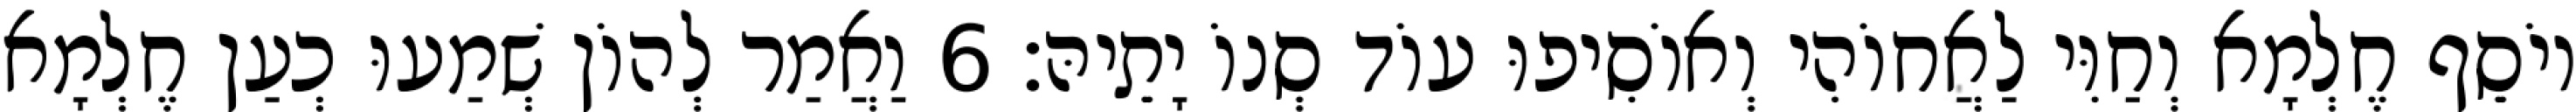
יוֹסֵף חֶלְמָא וְחַוִּי לַאֲחוֹהִי וְאוֹסִיפוּ עוֹד סְנוֹ יָתֵיהּ׃ 6 וַאֲמַר לְהוֹן שְׁמַעוּ כְעַן חֶלְמָא